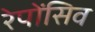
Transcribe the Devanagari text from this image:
रेपोंसिव